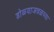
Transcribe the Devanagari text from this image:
डोळ्याजवळच्या